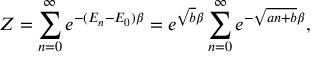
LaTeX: Z = \sum _ { n = 0 } ^ { \infty } e ^ { - ( E _ { n } - E _ { 0 } ) \beta } = e ^ { \sqrt { b } \beta } \sum _ { n = 0 } ^ { \infty } e ^ { - \sqrt { a n + b } \beta } ,